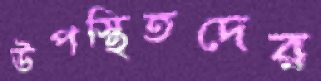
উপস্থিতদের